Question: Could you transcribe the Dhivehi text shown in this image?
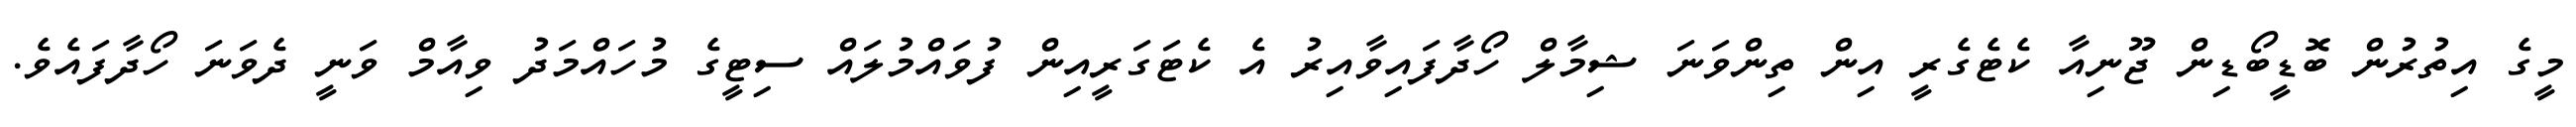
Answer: މީގެ އިތުރުން ބޮޑީބޯޑިން ޖޫނިއާ ކެޓެގެރީ އިން ތިންވަނަ ޝިމާލް ހޯދާފައިވާއިރު އެ ކެޓަގަރީއިން ފުވައްމުލައް ސިޓީގެ މުހައްމަދު ވިއާމް ވަނީ ދެވަނަ ހޯދާފައެވެ.